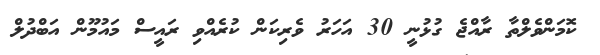
ކޮމަންވެލްތާ ރާއްޖެ ގުޅުނީ 30 އަހަރު ވެރިކަން ކުރެއްވި ރައީސް މައުމޫން އަބްދުލް